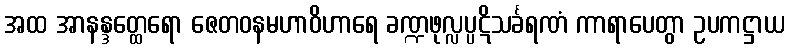
အထ အာနန္ဒတ္ထေရော ဇေတဝနမဟာဝိဟာရေ ခဏ္ဍဖုလ္လပ္ပဋိသင်္ခရဏံ ကာရာပေတွာ ဥပကဋ္ဌာယ